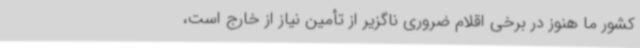
کشور ما هنوز در برخی اقلام ضروری ناگزیر از تأمین نیاز از خارج است،